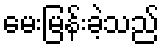
မေးမြန်းခဲ့သည်